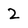
Character: 2